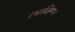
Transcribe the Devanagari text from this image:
।भविष्य